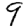
Digit: 9